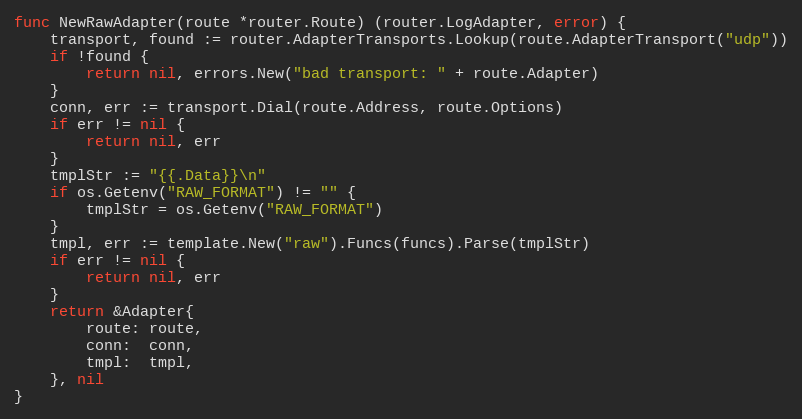
Language: Go
func NewRawAdapter(route *router.Route) (router.LogAdapter, error) {
	transport, found := router.AdapterTransports.Lookup(route.AdapterTransport("udp"))
	if !found {
		return nil, errors.New("bad transport: " + route.Adapter)
	}
	conn, err := transport.Dial(route.Address, route.Options)
	if err != nil {
		return nil, err
	}
	tmplStr := "{{.Data}}\n"
	if os.Getenv("RAW_FORMAT") != "" {
		tmplStr = os.Getenv("RAW_FORMAT")
	}
	tmpl, err := template.New("raw").Funcs(funcs).Parse(tmplStr)
	if err != nil {
		return nil, err
	}
	return &Adapter{
		route: route,
		conn:  conn,
		tmpl:  tmpl,
	}, nil
}